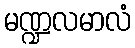
မဏ္ဍလမာလံ